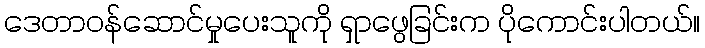
ဒေတာဝန်ဆောင်မှုပေးသူကို ရှာဖွေခြင်းက ပိုကောင်းပါတယ်။